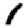
Digit: 1